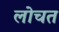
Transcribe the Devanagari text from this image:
लोचत